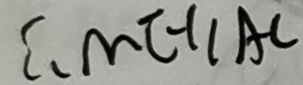
\therefore M E / / A C